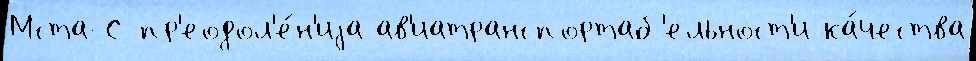
Мста-С пр'еодол'е́н'иjа ав'иатранспортаб'ельност'и ка́чества